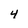
Character: 4